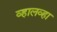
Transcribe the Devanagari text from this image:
व्हालव्हा